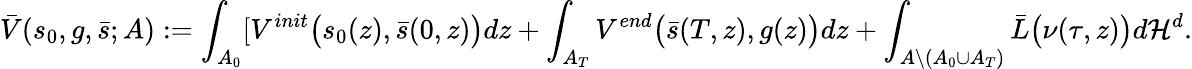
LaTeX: \bar{V}(s_{0},g,\bar{s};A):=\int_{A_{0}}[V^{init}\big({s}_{0}(z),\bar{s}(0,z)\big)dz+\int_{A_{T}}V^{end}\big(\bar{s}(T,z),g(z)\big)dz+\int_{A\backslash(A_{0}\cup A_{T})}\bar{L}\big(\nu(\tau,z)\big)d\mathcal{H}^{d}.